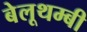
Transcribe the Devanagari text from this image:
बेलूथम्बी